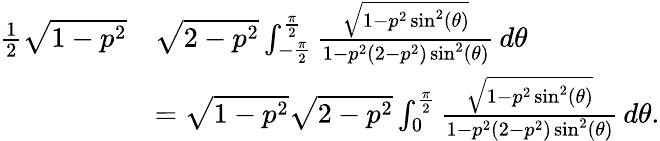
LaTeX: \begin{array}{rl}{\frac{1}{2}\sqrt{1-p^{2}}}&{\sqrt{2-p^{2}}\int_{-\frac{\pi}{2}}^{\frac{\pi}{2}}\frac{\sqrt{1-p^{2}\sin^{2}(\theta)}}{1-p^{2}(2-p^{2})\sin^{2}(\theta)}\, d\theta}\\ &{=\sqrt{1-p^{2}}\sqrt{2-p^{2}}\int_{0}^{\frac{\pi}{2}}\frac{\sqrt{1-p^{2}\sin^{2}(\theta)}}{1-p^{2}(2-p^{2})\sin^{2}(\theta)}\, d\theta.}\end{array}